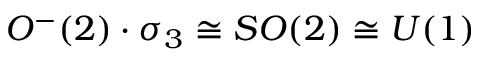
O ^ { - } ( 2 ) \cdot \sigma _ { 3 } \cong S O ( 2 ) \cong U ( 1 )